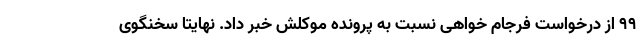
۹۹ از درخواست فرجام خواهی نسبت به پرونده موکلش خبر داد. نهایتا سخنگوی